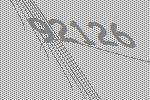
92126